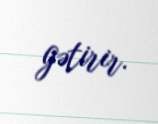
gətirir.